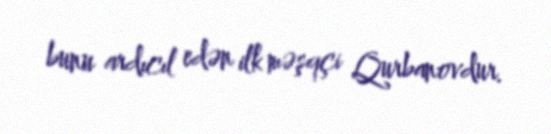
bunu ardıcıl edən ilk məşqçi Qurbanovdur.